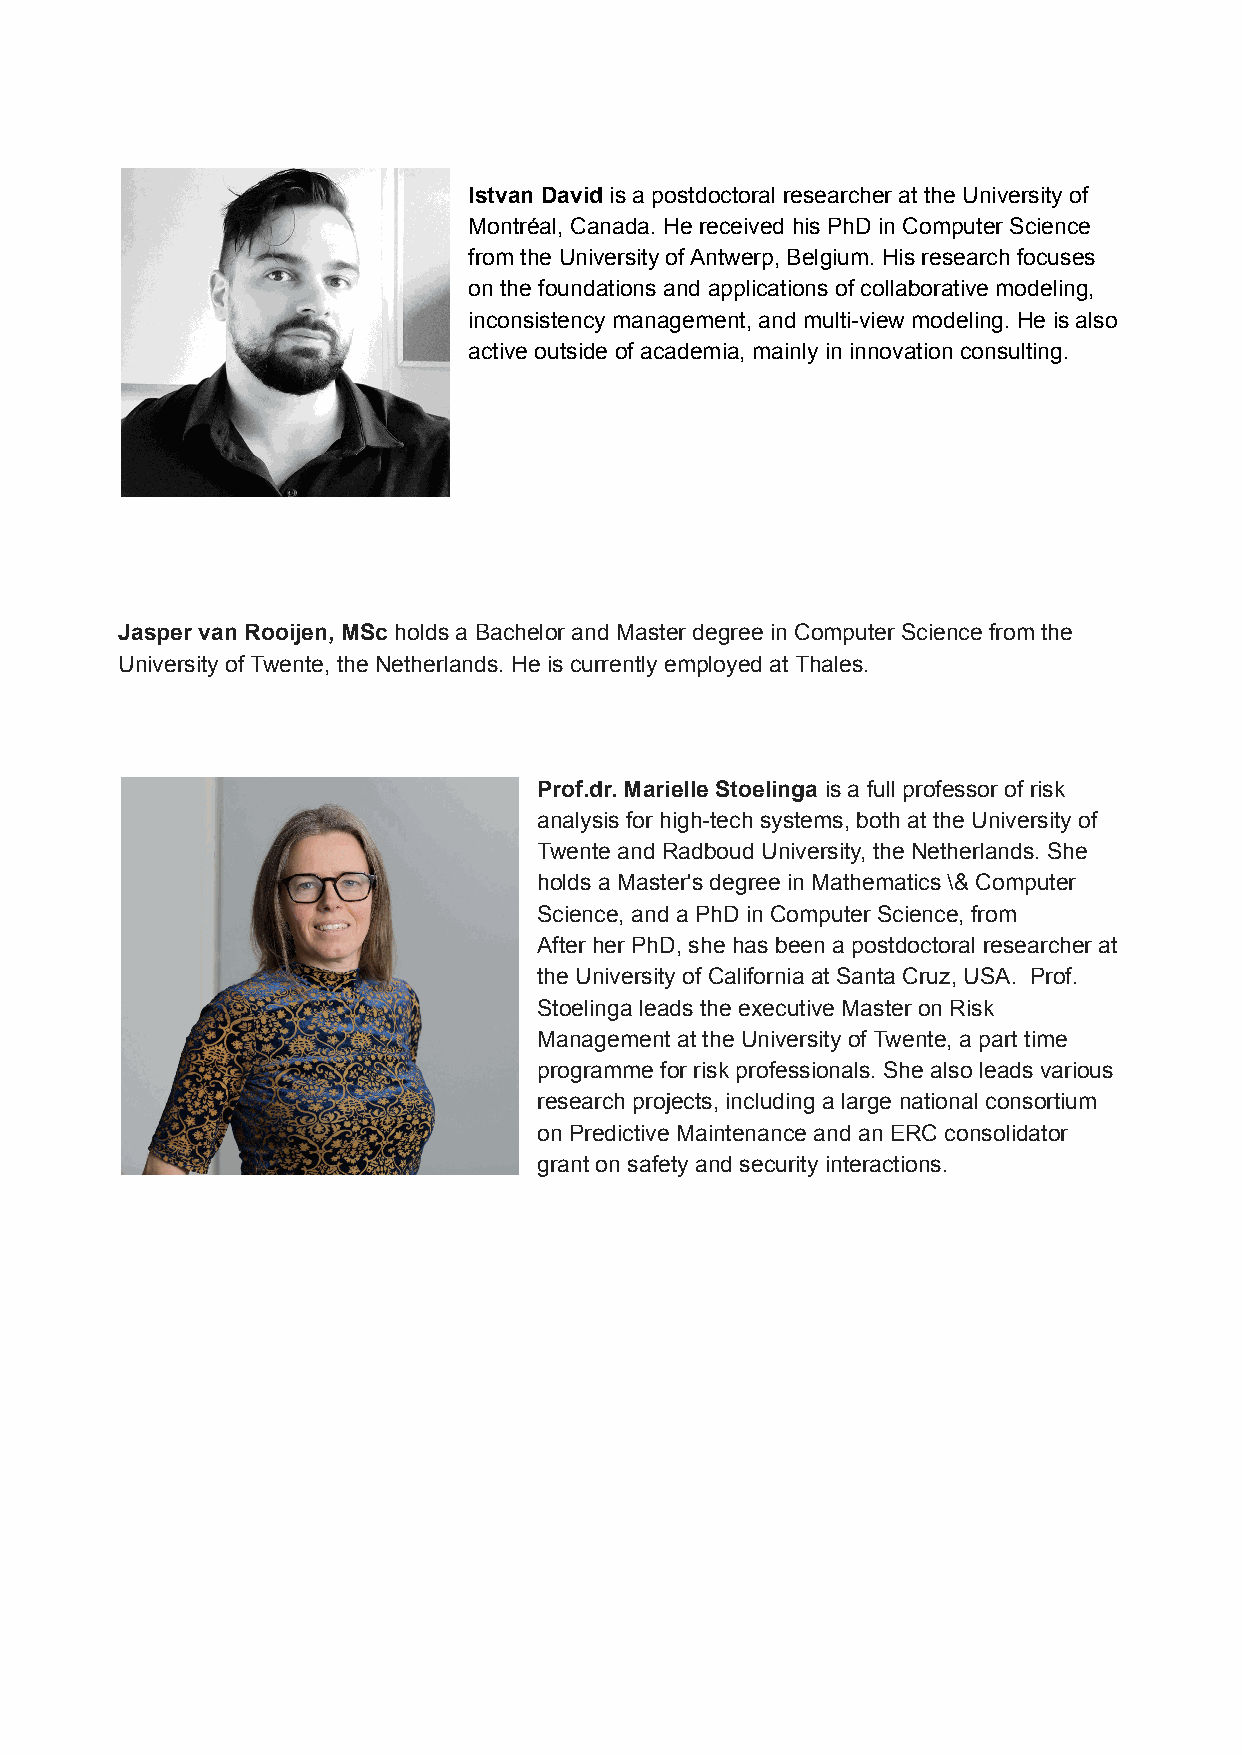
Istvan David is a postdoctoral researcher at the University of
 Montréal, Canada. He received his PhD in Computer Science
 from the University of Antwerp, Belgium. His research focuses
 on the foundations and applications of collaborative modeling,
 inconsistency management, and multi-view modeling. He is also
 active outside of academia, mainly in innovation consulting.
 Jasper van Rooijen, MSc holds a Bachelor and Master degree in Computer Science from the
 University of Twente, the Netherlands. He is currently employed at Thales.
 Prof.dr. Marielle Stoelinga is a full professor of risk
 analysis for high-tech systems, both at the University of
 Twente and Radboud University, the Netherlands. She
 holds a Master's degree in Mathematics \& Computer
 Science, and a PhD in Computer Science, from
 After her PhD, she has been a postdoctoral researcher at
 the University of California at Santa Cruz, USA. Prof.
 Stoelinga leads the executive Master on Risk
 Management at the University of Twente, a part time
 programme for risk professionals. She also leads various
 research projects, including a large national consortium
 on Predictive Maintenance and an ERC consolidator
 grant on safety and security interactions.